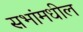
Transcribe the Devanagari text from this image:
सभांमधील